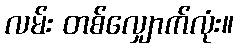
လမ်း တစ်လျှောက်လုံး။